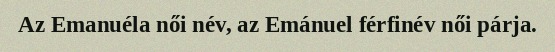
Az Emanuéla női név, az Emánuel férfinév női párja.